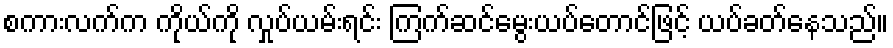
စကားလက်က ကိုယ်ကို လှုပ်ယမ်းရင်း ကြက်ဆင်မွေးယပ်တောင်ဖြင့် ယပ်ခတ်နေသည်။